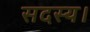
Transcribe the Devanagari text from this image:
सदस्‍य।